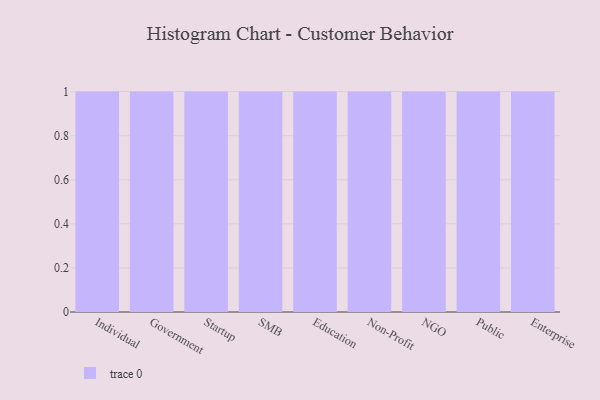
{"axis": {"x": "Segment", "y": "Website Visitors"}, "legend": [""], "data": [{"x": "Individual", "y": 81, "type": ""}, {"x": "Government", "y": 32, "type": ""}, {"x": "Startup", "y": 42, "type": ""}, {"x": "SMB", "y": 61, "type": ""}, {"x": "Education", "y": 2, "type": ""}, {"x": "Non-Profit", "y": 83, "type": ""}, {"x": "NGO", "y": 61, "type": ""}, {"x": "Public", "y": 88, "type": ""}, {"x": "Enterprise", "y": 95, "type": ""}]}